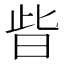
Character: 㫮